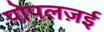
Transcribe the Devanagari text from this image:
पोपलज़ई